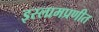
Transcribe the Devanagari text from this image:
इस्लामप्रणीत